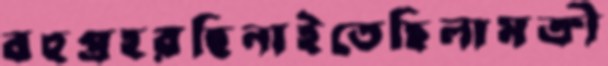
বহুপ্রহরছিনাইতেছিলামক্রী